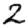
Digit: 2